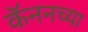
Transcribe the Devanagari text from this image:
कॅननच्या